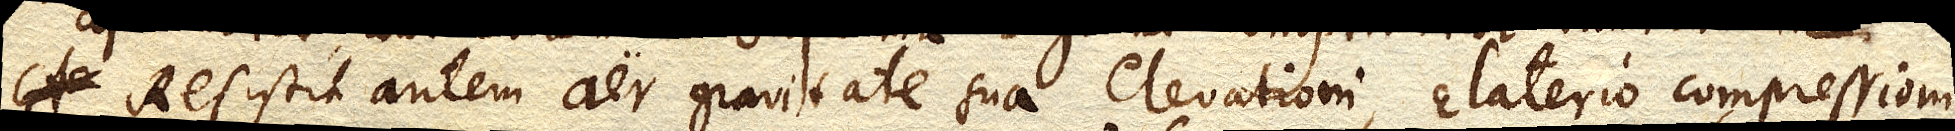
Resistit autem aer gravitate sua elevationi, Elaterio compressioni;